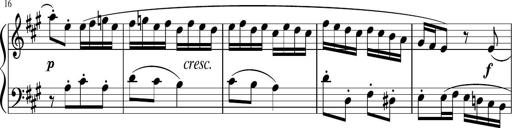
Title: 12 Keyboard Sonatinas
Composer: James Hook